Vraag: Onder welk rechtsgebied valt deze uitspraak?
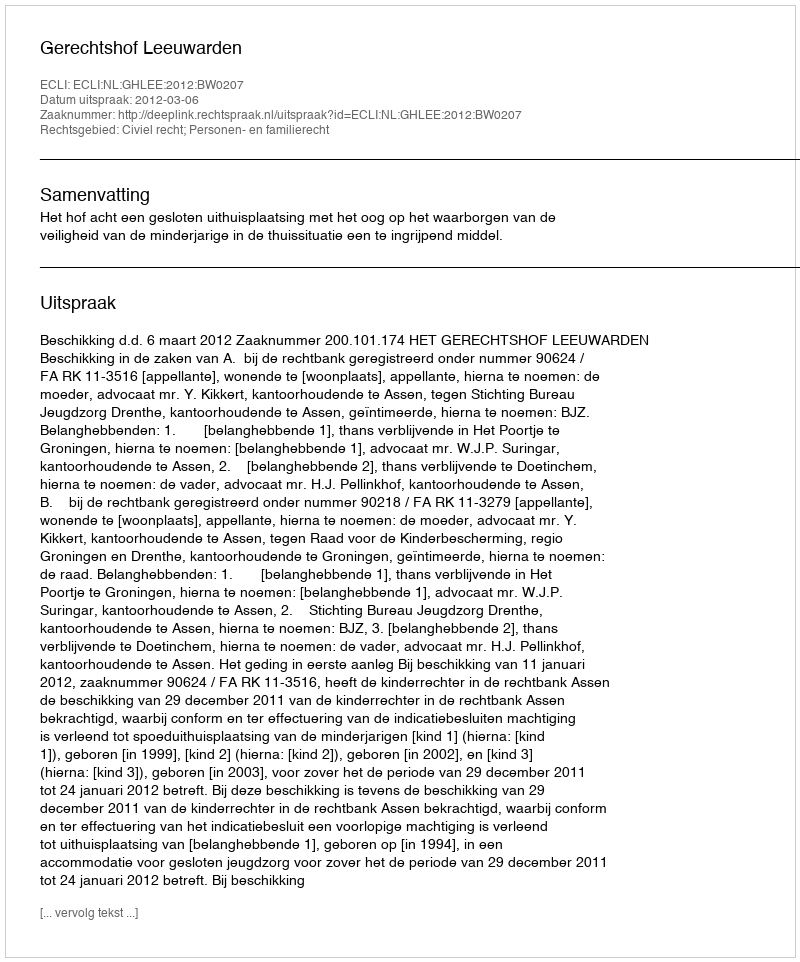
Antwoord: Civiel recht; Personen- en familierecht